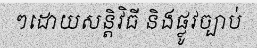
ៗដោយសន្តិវិធី និងផ្លូវច្បាប់